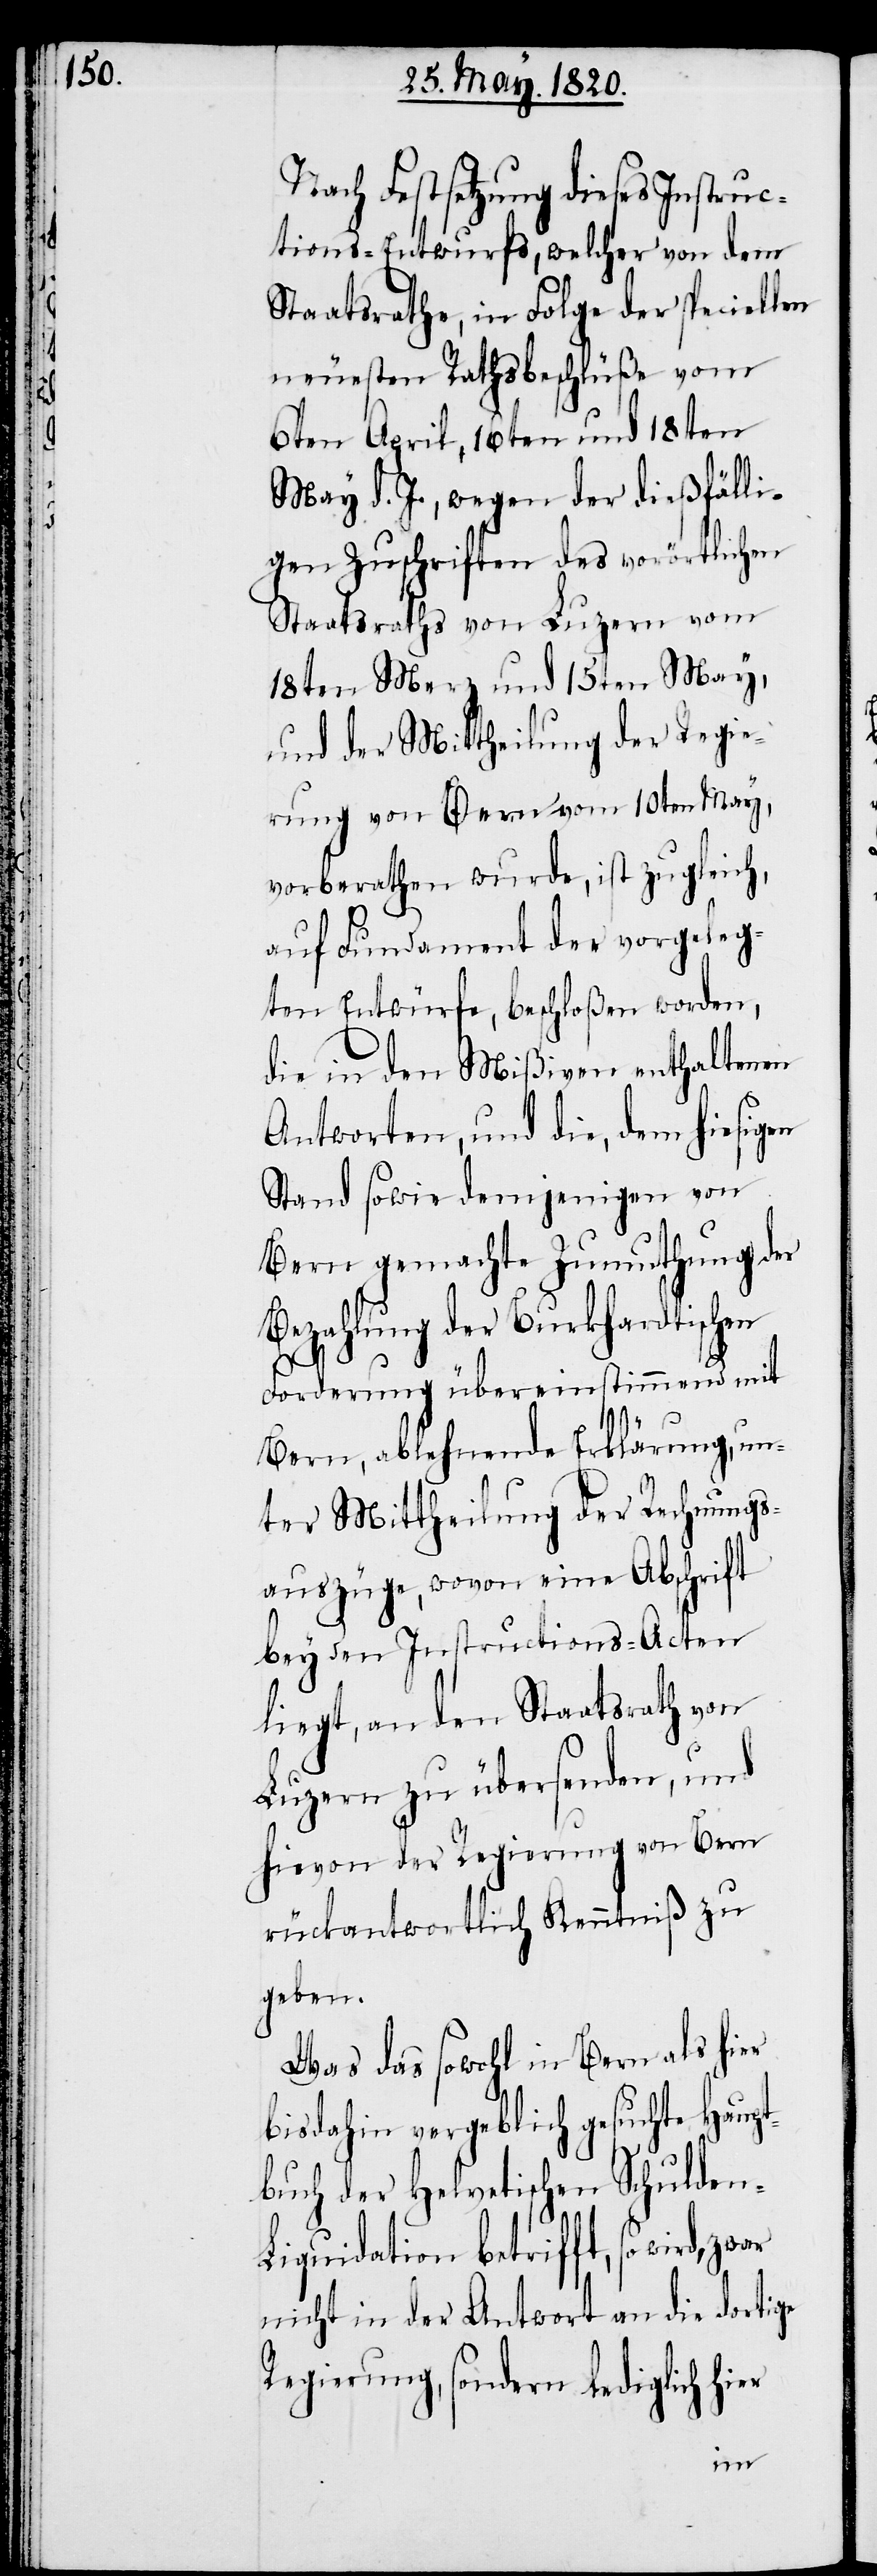
Nach Festsetzung dieses Instruc¬
tions-Entwurfs, welcher von dem
Staatsrathe, in Folge der speciellen
neuesten Rathsbeschlüße vom
6ten April, 16ten und 18ten
May d. J., wegen der dießfälli¬
gen Zuschriften des vorörtlichen
Staatsraths von Luzern vom
18ten Merz und 15ten May,
und der Mittheilung der Regie¬
rung von Bern vom 10ten May,
vorberathen wurde, ist zugleich,
auf Fundament der vorgeleg¬
ten Entwürfe, beschloßen worden,
die in den Mißiven enthaltenen
Antworten, und die, dem hiesigen
Stand sowie demjenigen von
Bern gemachte Zumuthung der
Bezahlung der Burkhardtischen
Forderung übereinstimmend mit
Bern, ablehnenden Erklärung, un¬
ter Mittheilung der Rechnungs¬
auszüge, wovon eine Abschrift
bey den Instructions-Acten
liegt, an den Staatsrath von
Luzern zu übersenden, und
hievon der Regierung von Bern
rückantwortlich Kenntniβ zu
geben.
Was das sowohl in Bern als hier
bisdahin vergeblich gesuchte Haupt¬
buch der Helvetischen Schulden-L¬
iquidation betrifft, so wird,
nicht in der Antwort an die dortige
Regierung, sondern lediglich hier